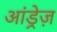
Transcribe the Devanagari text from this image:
आंड्रेज़